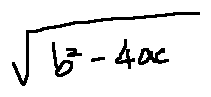
\sqrt { b ^ { 2 } - 4 a c }